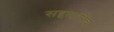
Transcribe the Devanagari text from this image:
सद्दमारिब